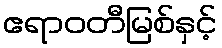
ဧရာဝတီမြစ်နှင့်